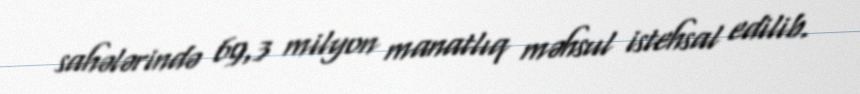
sahələrində 69,3 milyon manatlıq məhsul istehsal edilib.